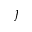
\jmath